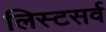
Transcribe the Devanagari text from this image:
लिस्टसर्व